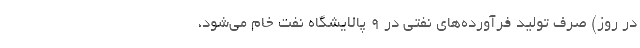
در روز) صرف تولید فرآورده‌های نفتی در 9 پالایشگاه نفت خام می‌شود،